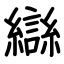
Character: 䜌